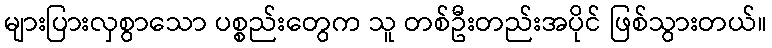
များပြားလှစွာသော ပစ္စည်းတွေက သူ တစ်ဦးတည်းအပိုင် ဖြစ်သွားတယ်။